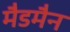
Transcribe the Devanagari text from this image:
मैडमैन